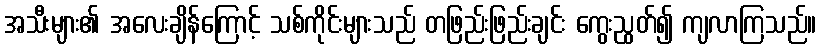
အသီးများ၏ အလေးချိန်ကြောင့် သစ်ကိုင်းများသည် တဖြည်းဖြည်းချင်း ကွေးညွတ်၍ ကျလာကြသည်။